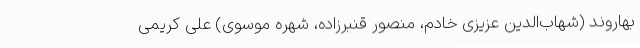
بهاروند (شهاب‌الدین عزیزی خادم، منصور قنبرزاده، شهره موسوی) علی کریمی